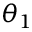
\theta _ { 1 }